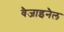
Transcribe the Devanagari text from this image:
वैजाइनैल